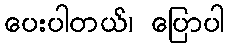
ပေးပါတယ်၊ ပြောပါ